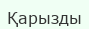
Қарызды